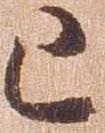
已